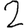
Digit: 2